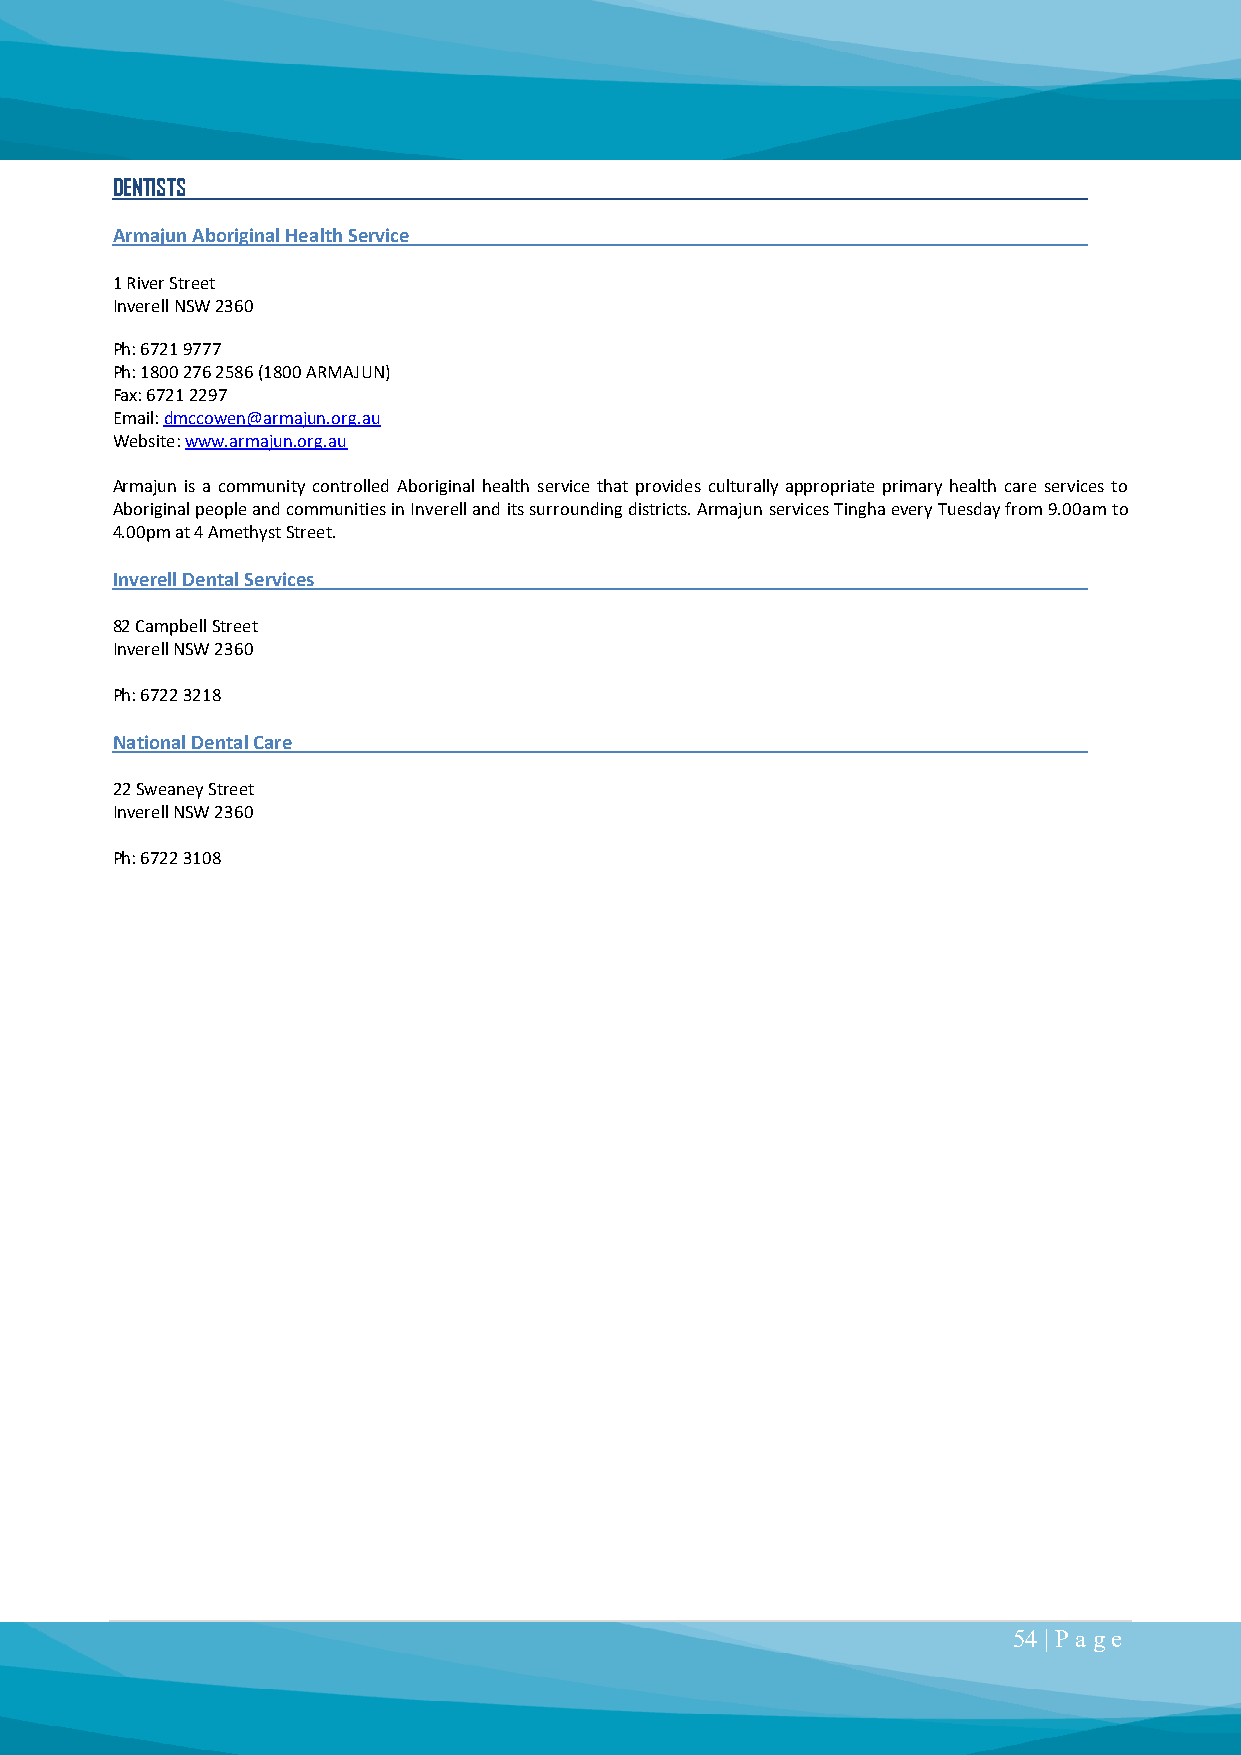
DENTISTS
 Armajun Aboriginal Health Service
 1 River Street
 Inverell NSW 2360
 Ph: 6721 9777
 Ph: 1800 276 2586 (1800 ARMAJUN)
 Fax: 6721 2297
 Email: dmccowen@armajun.org.au
 Website: www.armajun.org.au
 Armajun is a community controlled Aboriginal health service that provides culturally appropriate primary health care services to
 Aboriginal people and communities in Inverell and its surrounding districts. Armajun services Tingha every Tuesday from 9.00am to
 4.00pm at 4 Amethyst Street.
 Inverell Dental Services
 82 Campbell Street
 Inverell NSW 2360
 Ph: 6722 3218
 National Dental Care
 22 Sweaney Street
 Inverell NSW 2360
 Ph: 6722 3108
 54 | P a ge